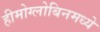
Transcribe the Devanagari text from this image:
हीमोग्लोबिनमध्ये